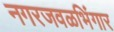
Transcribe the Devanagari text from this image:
नगरजवळभिंगार